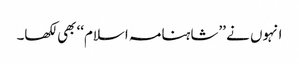
انہوں نے ’’شاہنامہ اسلام‘‘ بھی لکھا۔